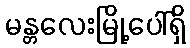
မန္တလေးမြို့ပေါ်ရှိ